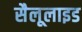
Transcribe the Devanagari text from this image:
सैलूलाइड